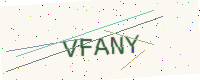
Text: VFANY